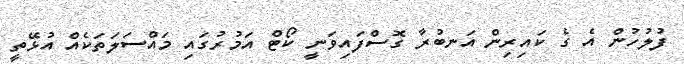
ފުލުހުން އެ ގެ ކައިރިން އަނބުރާ ގޮސްފައިވަނީ ކޯޓް އަމުރުގައި މައްސަލަތަކެއް އުޅޭތީ